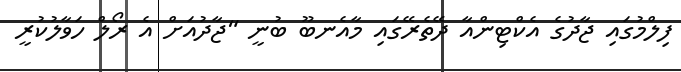
ފިލްމުގައި ޖާދުގެ އެކްޓިންއާ ދޭތެރޭގައި މާއެނބޫ ބުނީ "ޖާދުއަށް އެ ރޯލް ހަވާލުކުރީ